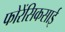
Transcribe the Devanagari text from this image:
फोरेंसिकसाई